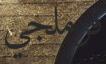
فرملجي